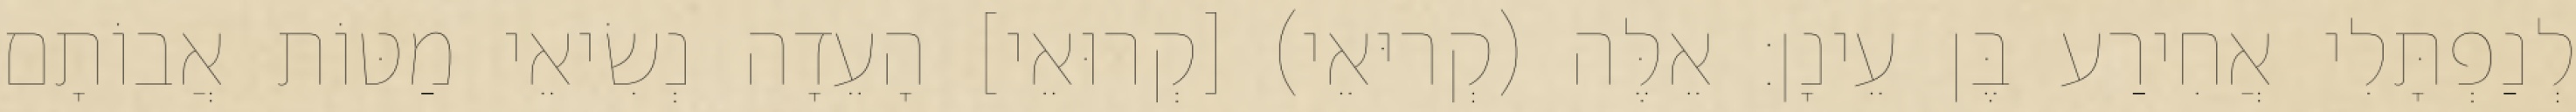
לְנַפְתָּלִי אֲחִירַע בֶּן עֵינָן׃ אֵלֶּה (קְריּאֵי) [קְרוּאֵי] הָעֵדָה נְשִׂיאֵי מַטּוֹת אֲבוֹתָם